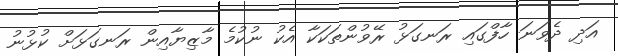
އަދި ދެވަނަ ހާފްގައި ރަނގަޅު ރޭވުންތަކަކާ އެކު ނުކުމެ މާޒިޔާއިން ރަނގަޅަށް ކުޅުނު